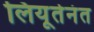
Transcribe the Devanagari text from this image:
लियूतेनंत